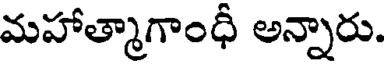
మహాత్మాగాంధీ అన్నారు.